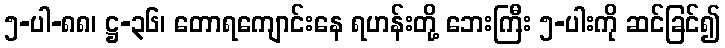
၅-ပါ-၈၈၊ ဋ္ဌ-၃၆၊ တောရကျောင်းနေ ရဟန်းတို့ ဘေးကြီး ၅-ပါးကို ဆင်ခြင်၍